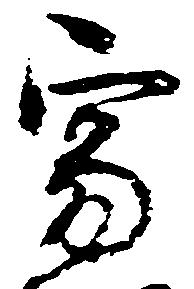
寂